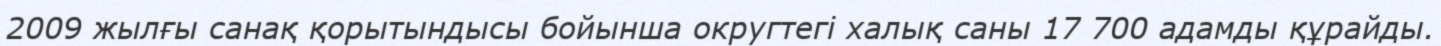
2009 жылғы санақ қорытындысы бойынша округтегі халық саны 17 700 адамды құрайды.